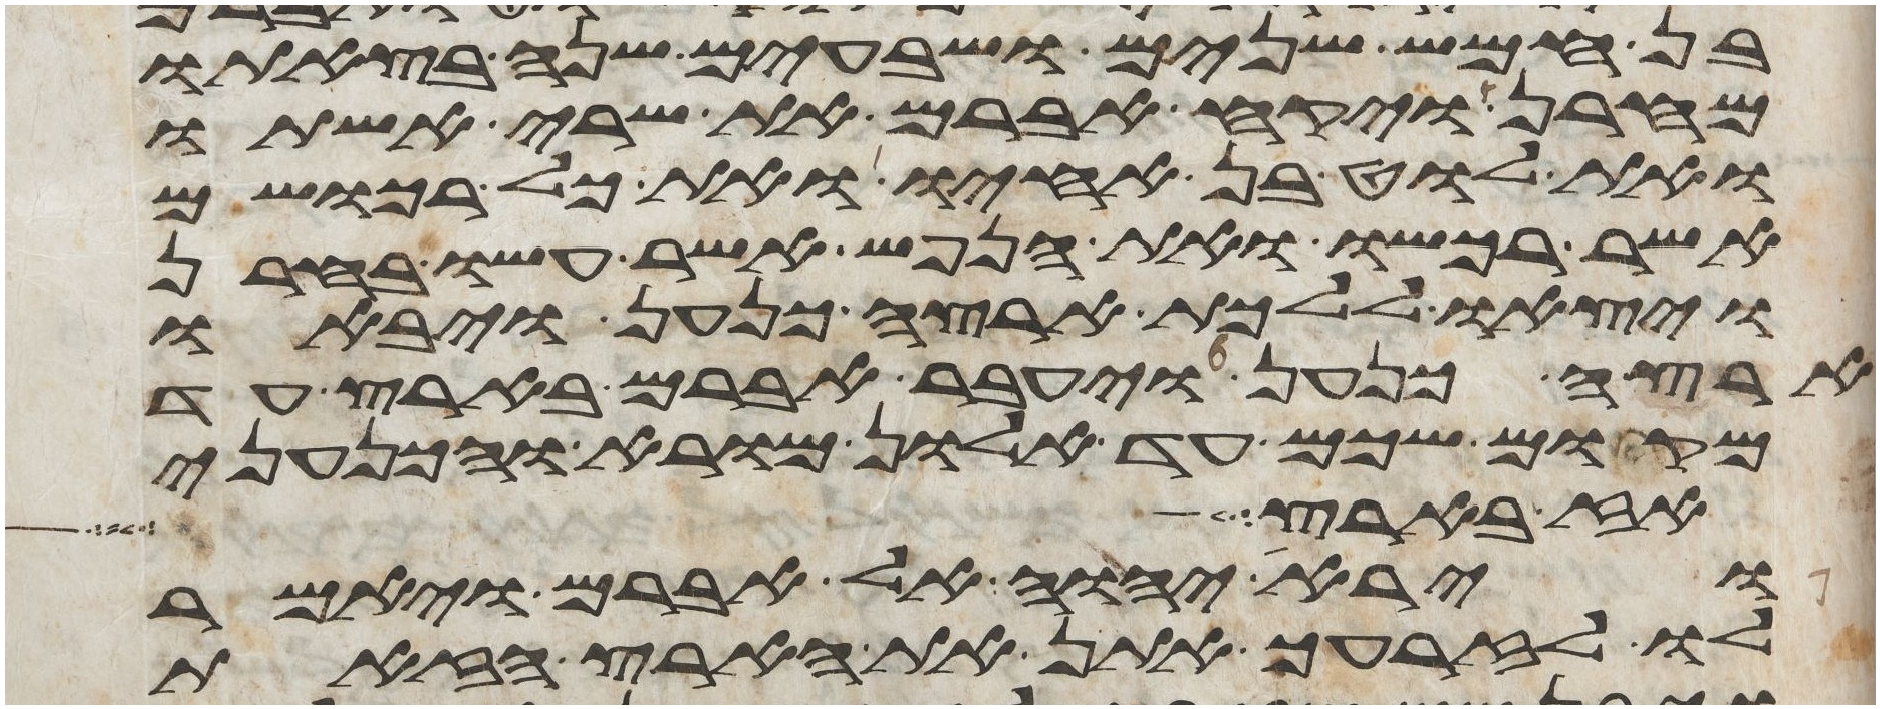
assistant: בן חמש שנים ושבעים שנה בצאתו
מחרן ויקח אברם את שרי אשתו
ואת לוט בן אחיו ואת כל רכושם
אשר רכשו ואת הנפש אשר עשו בחרן
ויצאו ללכת ארצה כנען ויבאו
ארצה כנען ויעבר אברם בארץ עד
מקום שכם עד אלון מורא והכנעני
אז בארץ
וירא יהוה אל אברם ויאמר
לו לזרעך אתן את הארץ הזאת